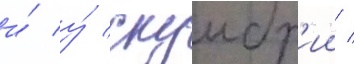
и́ у́ скумбр'ии /